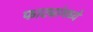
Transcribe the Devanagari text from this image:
फाट्यांमध्ये